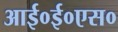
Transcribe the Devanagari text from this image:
आई०ई०एस०